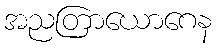
အညတြာယောဂေန